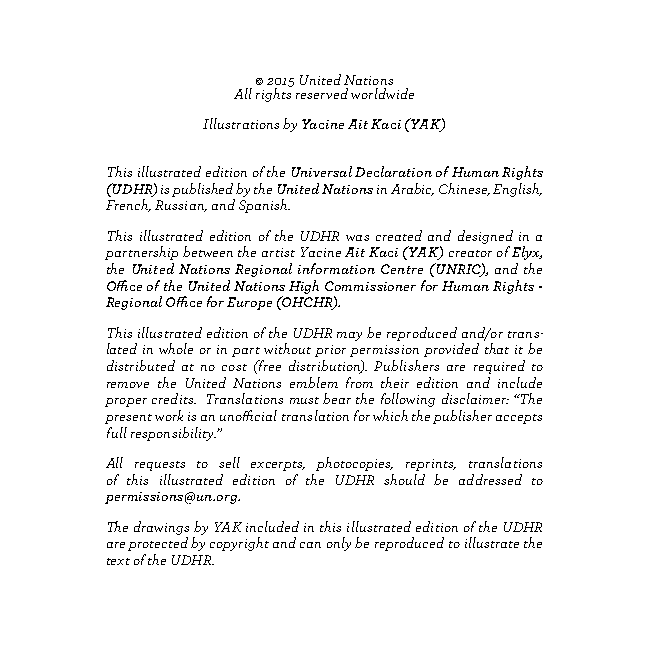
© 2015 United Nations
 All rights reserved worldwide
 Illustrations by Yacine Ait Kaci (YAK)
 This illustrated edition of the Universal Declaration of Human Rights
 (UDHR) is published by the United Nations in Arabic, Chinese, English,
 French, Russian, and Spanish.
 This illustrated edition of the UDHR was created and designed in a
 partnership between the artist Yacine Ait Kaci (YAK) creator of Elyx,
 the United Nations Regional information Centre (UNRIC), and the
 Office of the United Nations High Commissioner for Human Rights -
 Regional Office for Europe (OHCHR).
 This illustrated edition of the UDHR may be reproduced and/or trans-
 lated in whole or in part without prior permission provided that it be
 distributed at no cost (free distribution). Publishers are required to
 remove the United Nations emblem from their edition and include
 proper credits. Translations must bear the following disclaimer: “The
 present work is an unofficial translation for which the publisher accepts
 full responsibility.”
 All requests to sell excerpts, photocopies, reprints, translations
 of this illustrated edition of the UDHR should be addressed to
 permissions@un.org.
 The drawings by YAK included in this illustrated edition of the UDHR
 are protected by copyright and can only be reproduced to illustrate the
 text of the UDHR.